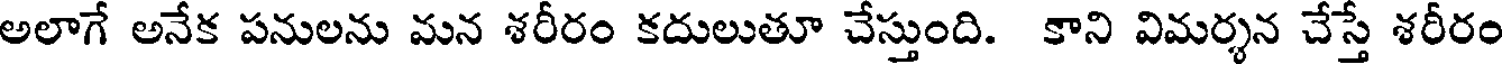
అలాగే అనేక పనులను మన శరీరం కదులుతూ చేస్తుంది. కాని విమర్శన చేస్తే శరీరం